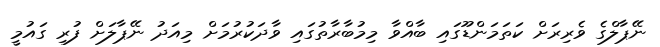
ނޭޕާލްގެ ވެރިރަށް ކަތަމަންޑޫގައި ބާއްވާ މިމުބާރާތުގައި ވާދަކުރުމަށް މިއަދު ނޭޕާލަށް ފުރި ގައުމީ